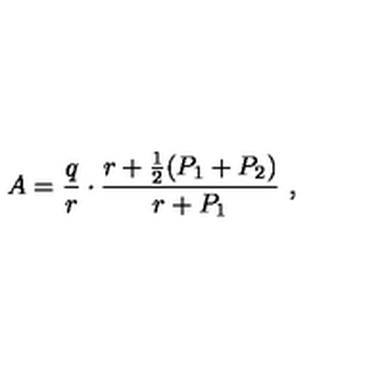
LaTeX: A = { \frac { q } { r } } \cdot { \frac { r + { \frac { 1 } { 2 } } ( P _ { 1 } + P _ { 2 } ) } { r + P _ { 1 } } } \ , \